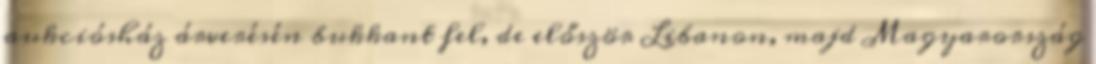
aukciósház árverésén bukkant fel, de először Libanon, majd Magyarország